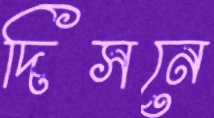
দিসনে